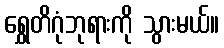
ရွှေတိဂုံဘုရားကို သွားမယ်။